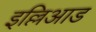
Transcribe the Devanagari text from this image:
इल्लिआड